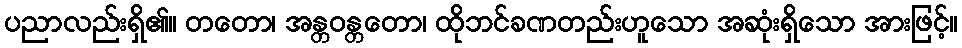
ပညာလည်းရှိ၏။ တတော၊ အန္တဝန္တတော၊ ထိုဘင်ခဏတည်းဟူသော အဆုံးရှိသော အားဖြင့်။